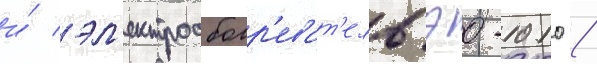
и́ эл'ектрообогр'еват'ель эо-1010 /